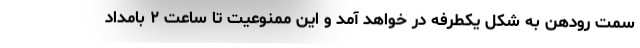
سمت رودهن به شکل یکطرفه در خواهد آمد و این ممنوعیت تا ساعت ۲ بامداد